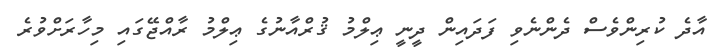
އާދެ ކުރިންވެސް ދެންނެވި ފަދައިން ދީނީ ޢިލްމު ޤުރްއާނުގެ ޢިލްމު ރާއްޖޭގައި މިހާރަށްވުރެ